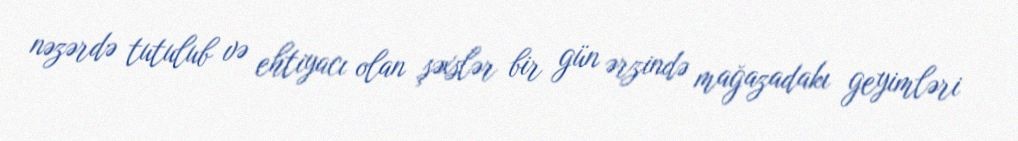
nəzərdə tutulub və ehtiyacı olan şəxslər bir gün ərzində mağazadakı geyimləri